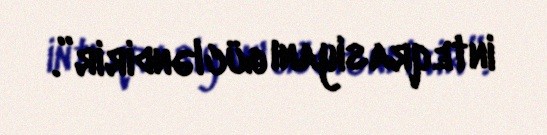
inteqrasiyanı gücləndirir”.